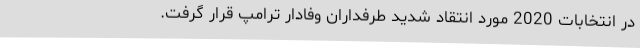
در انتخابات 2020 مورد انتقاد شدید طرفداران وفادار ترامپ قرار گرفت.